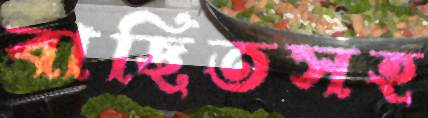
বাছিতসহ